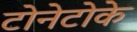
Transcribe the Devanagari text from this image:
टोनेटोके